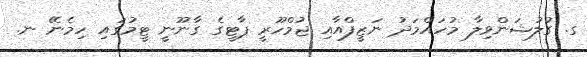
ގ. ގުލުޝަންވިލާ މުހައްމަދު ނަޒީފްއާއި ޖުމްހޫރީ ޕާޓީގެ ގާނޫނީ ޓީމުގައި ހިމެނޭ ނ.